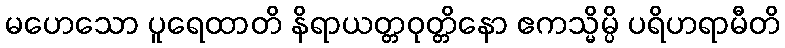
မဟေသော ပူရေထာတိ နိရာယတ္တဝုတ္တိနော ဧကသ္မိမ္ပိ ပရိဟရာမီတိ